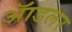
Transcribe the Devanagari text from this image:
ॲाडलर